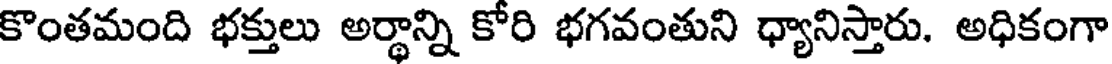
కొంతమంది భక్తులు అర్థాన్ని కోరి భగవంతుని ధ్యానిస్తారు. అధికంగా